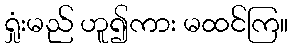
ရှုံးမည် ဟူ၍ကား မထင်ကြ။